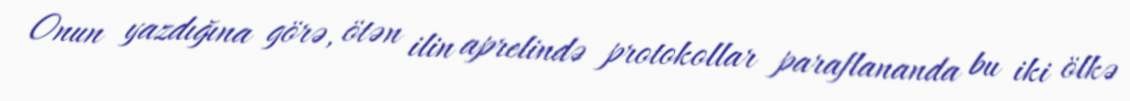
Onun yazdığına görə, ötən ilin aprelində protokollar paraflananda bu iki ölkə